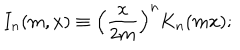
I _ { n } ( m , x ) \equiv \left( \frac { x } { 2 m } \right) ^ { n } K _ { n } ( m x ) ;